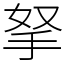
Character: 拏